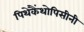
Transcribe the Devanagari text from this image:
पिथेकैंथोपिसीनी